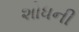
શોધની